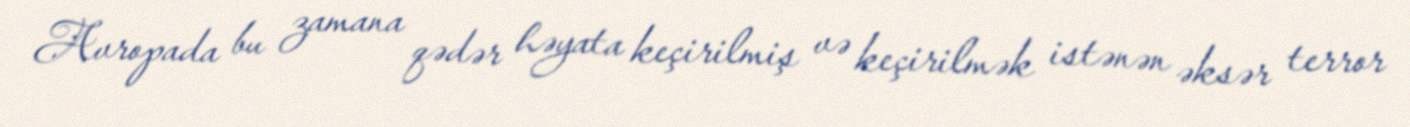
Avropada bu zamana qədər həyata keçirilmiş və keçirilmək istənən əksər terror